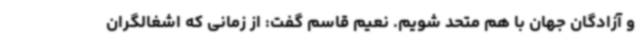
و آزادگان جهان با هم متحد شویم. نعیم قاسم گفت: از زمانی که اشغالگران